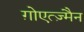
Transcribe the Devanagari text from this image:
ग़ोएत्ज़्मैन